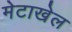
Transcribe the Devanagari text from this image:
मेटाखेल